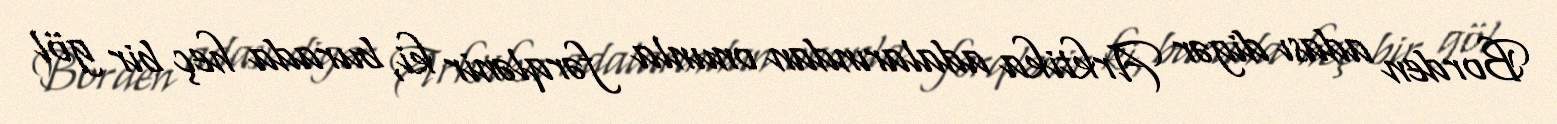
Borden adası digər Arktika adalarından onunla fərqlənir ki, burada heç bir göl